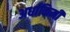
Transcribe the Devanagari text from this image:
अर्धाकिमी